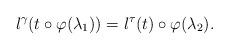
LaTeX: \begin{align*} l^\gamma(t \circ \varphi(\lambda_1)) = l^\tau(t) \circ \varphi(\lambda_2).\end{align*}